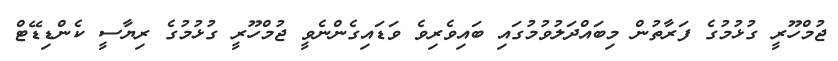
ޖުމްހޫރީ ގުޅުމުގެ ފަރާތުން މިބައްދަލުވުމުގައި ބައިވެރިވެ ވަޑައިގެންނެވީ ޖުމްހޫރީ ގުޅުމުގެ ރިޔާސީ ކެންޑިޑޭޓް